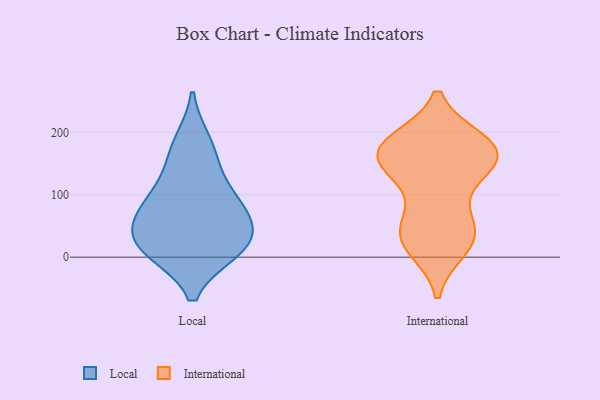
{"axis": {"x": "Shipments", "y": "Value"}, "legend": ["International", "Local"], "data": [{"x": "", "y": 184, "type": "Local"}, {"x": "", "y": 99, "type": "Local"}, {"x": "", "y": 81, "type": "Local"}, {"x": "", "y": 81, "type": "Local"}, {"x": "", "y": 13, "type": "Local"}, {"x": "", "y": 14, "type": "Local"}, {"x": "", "y": 39, "type": "Local"}, {"x": "", "y": 44, "type": "Local"}, {"x": "", "y": 11, "type": "Local"}, {"x": "", "y": 153, "type": "Local"}, {"x": "", "y": 61, "type": "International"}, {"x": "", "y": 148, "type": "International"}, {"x": "", "y": 176, "type": "International"}, {"x": "", "y": 139, "type": "International"}, {"x": "", "y": 174, "type": "International"}, {"x": "", "y": 32, "type": "International"}, {"x": "", "y": 49, "type": "International"}, {"x": "", "y": 185, "type": "International"}, {"x": "", "y": 171, "type": "International"}, {"x": "", "y": 181, "type": "International"}, {"x": "", "y": 18, "type": "International"}, {"x": "", "y": 177, "type": "International"}, {"x": "", "y": 132, "type": "International"}, {"x": "", "y": 148, "type": "International"}, {"x": "", "y": 43, "type": "International"}, {"x": "", "y": 15, "type": "International"}]}